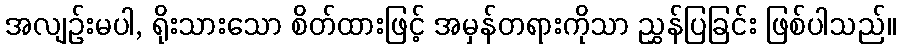
အလျဉ်းမပါ, ရိုးသားသော စိတ်ထားဖြင့် အမှန်တရားကိုသာ ညွှန်ပြခြင်း ဖြစ်ပါသည်။